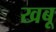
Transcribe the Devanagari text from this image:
खबू